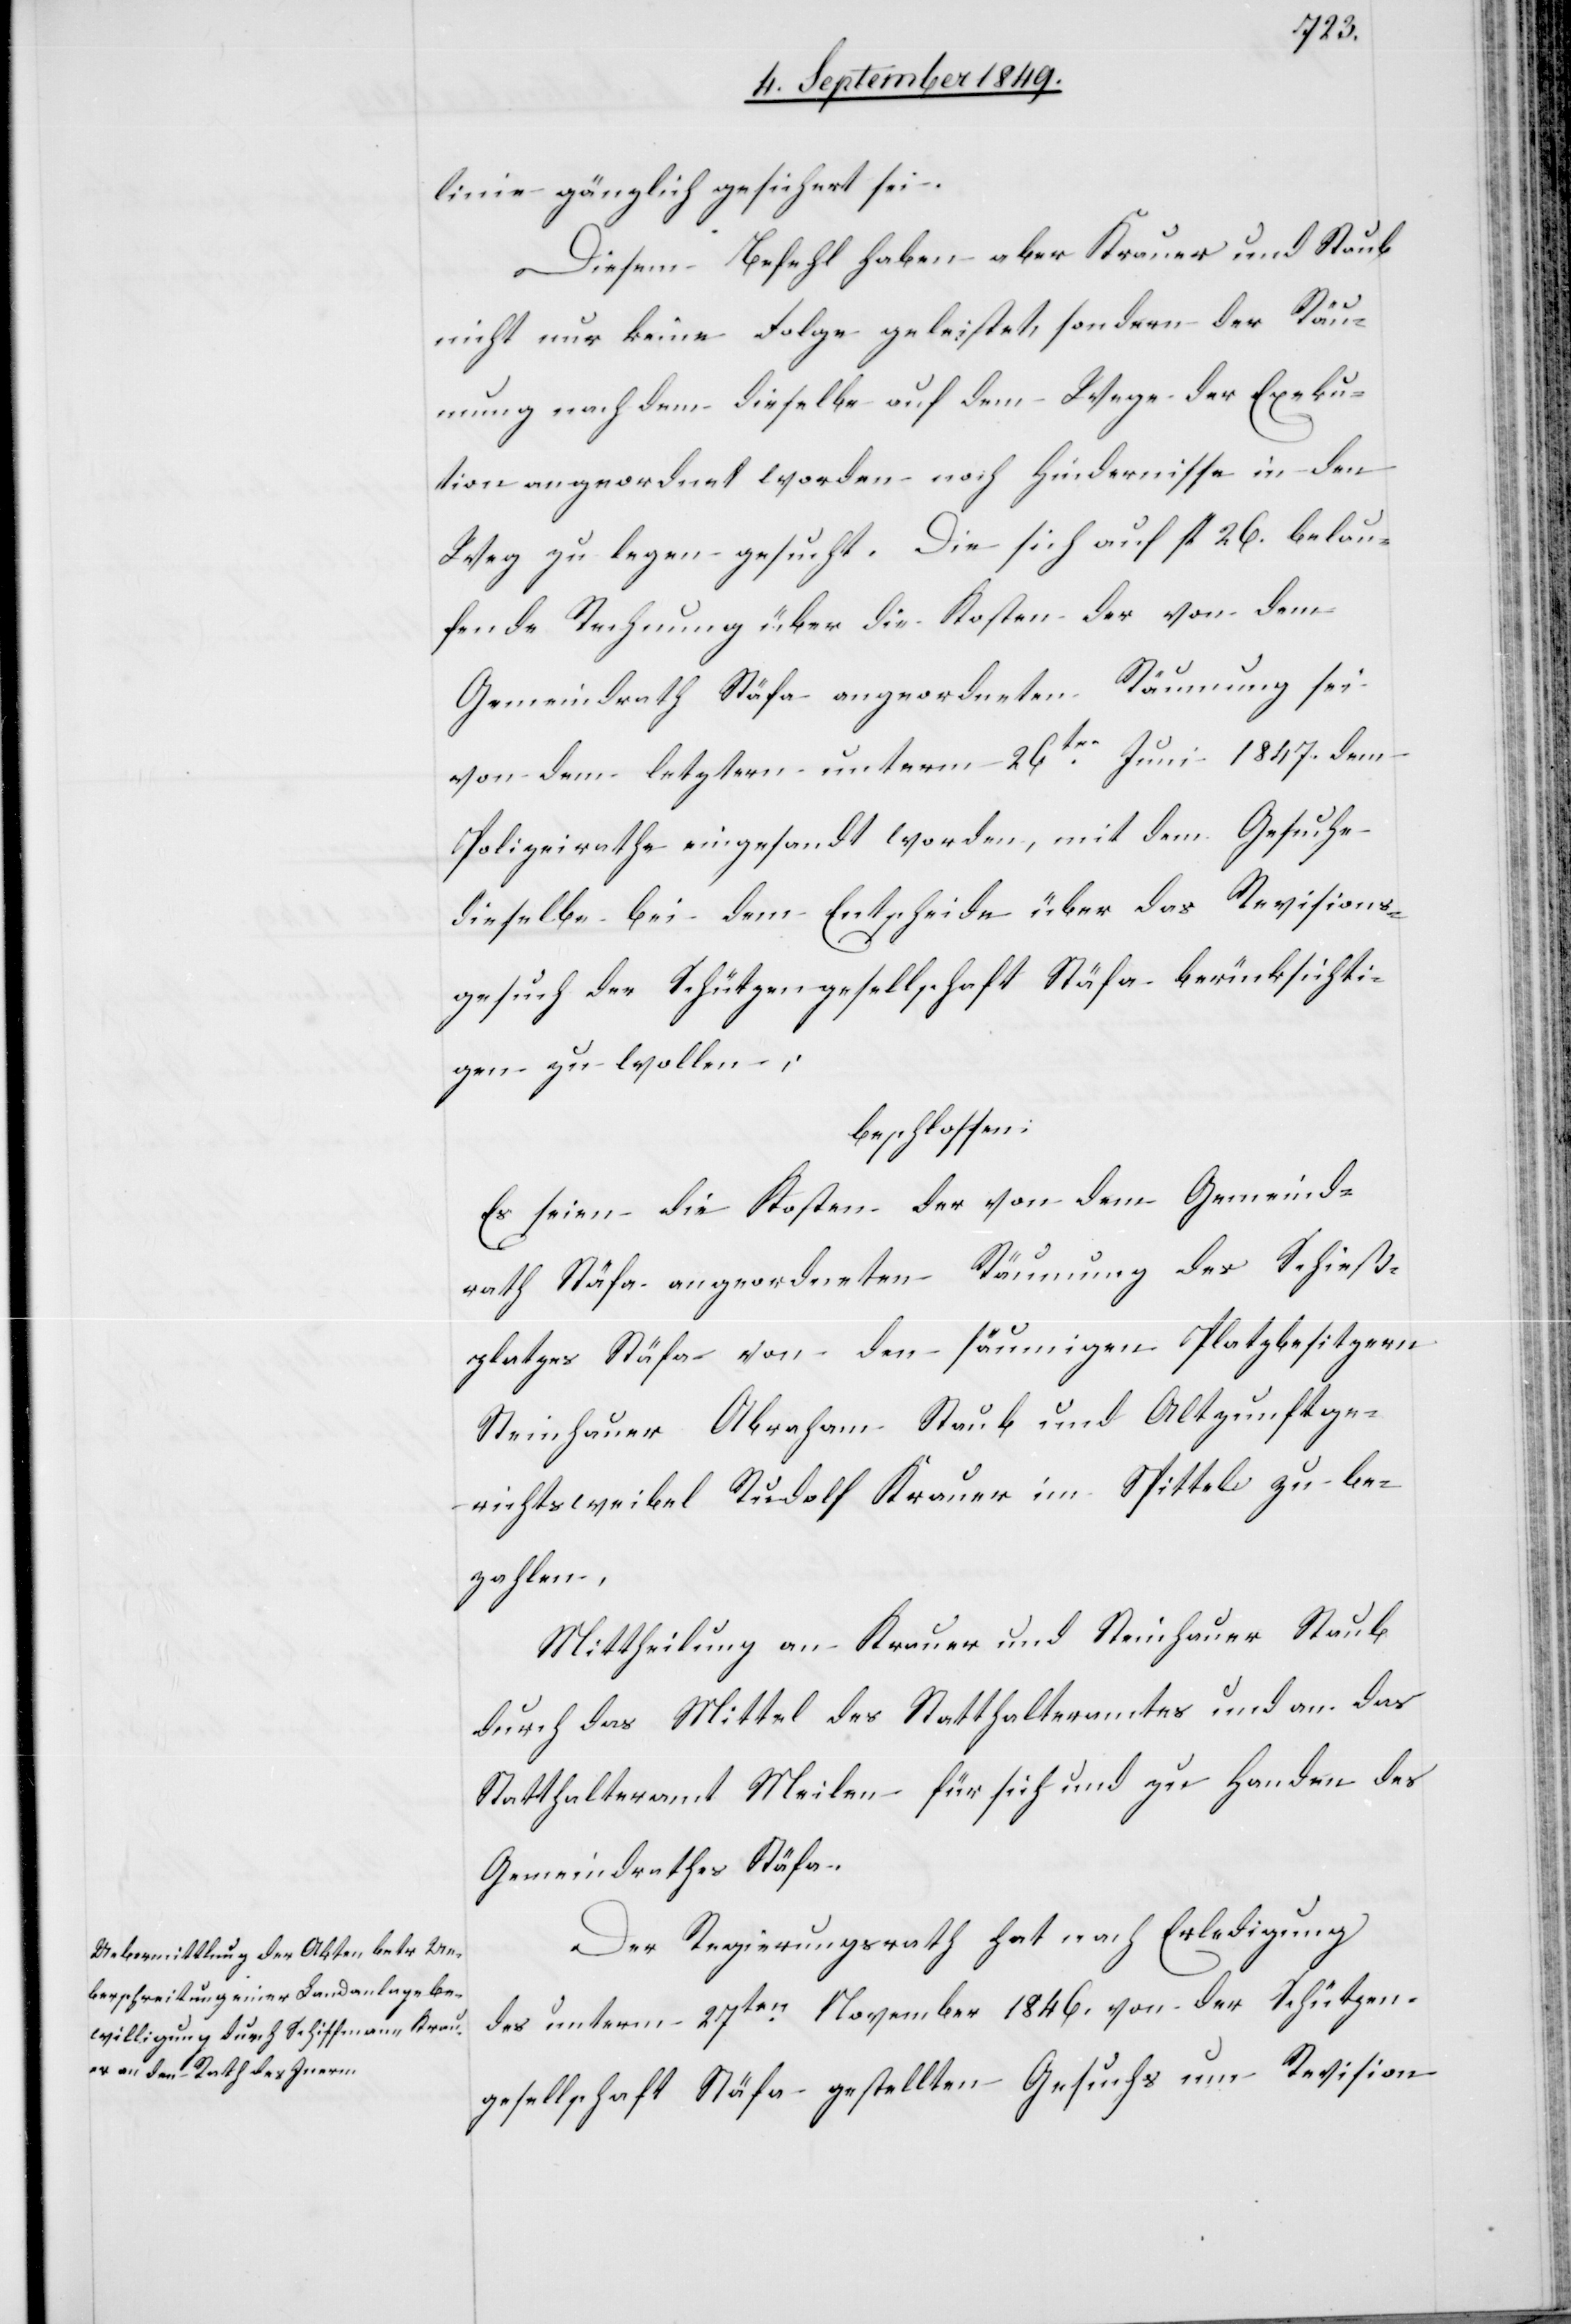
linie gänzlich gesichert sei.
Diesem Befehl haben aber Krauer und Staub
nicht nur keine Folge geleistet, sondern der Räu¬
mung nach dem dieselbe auf dem Wege der Exeku¬
tion angeordnet worden noch Hindernisse in den
Weg zu legen gesucht. Die sich auf fl. 26. belau¬
fende Rechnung über die Kosten der von dem
Gemeindrath Stäfa angeordneten Räumung sei
von dem letztern unterm 26ten Juni 1847. dem
Polizeirathe eingesandt worden, mit dem Gesuche
dieselbe bei dem Entscheide über das Revisions¬
gesuch der Schützengesellschaft Stäfa berücksichti¬
gen zu wollen:
beschlossen:
Es seien die Kosten der von dem Gemeind¬
rath Stäfa angeordneten Räumung des Schieß¬
platzes Stäfa von den säumigen Platzbesitzern
Steinhauer Abraham Staub und Altpunktge¬
richtsweibel Rudolf Krauer im Spittel zu be¬
zahlen.
Mittheilung an Krauer und Steinhauer Staub
durch das Mittel des Statthalteramtes und an das
Statthalteramt Meilen für sich und zu Handen des
Gemeindrathes Stäfa.
Der Regierungsrath hat nach Erledigung
des unterm 27ten November 1846. von der Schützen¬
gesellschaft Stäfa gestellten Gesuchs um Revision